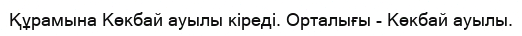
Құрамына Көкбай ауылы кіреді. Орталығы - Көкбай ауылы.